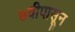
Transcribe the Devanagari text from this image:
७वीपासून